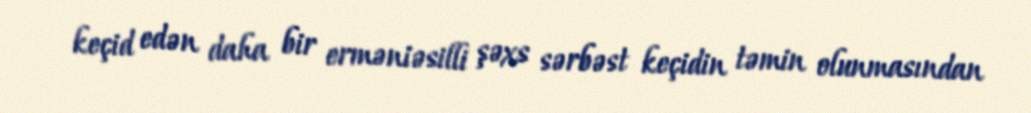
keçid edən daha bir erməniəsilli şəxs sərbəst keçidin təmin olunmasından